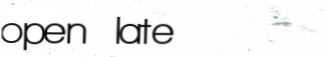
open late